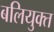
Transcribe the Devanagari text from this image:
बलियुक्त